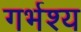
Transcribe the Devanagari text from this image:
गर्भश्य